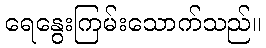
ရေနွေးကြမ်းသောက်သည်။